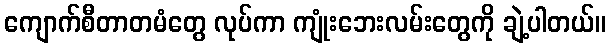
ကျောက်စီတာတမံတွေ လုပ်ကာ ကျုံးဘေးလမ်းတွေကို ချဲ့ပါတယ်။